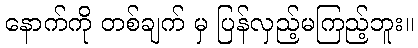
နောက်ကို တစ်ချက် မှ ပြန်လှည့်မကြည့်ဘူး။